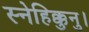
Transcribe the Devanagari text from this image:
स्नेहिक्कुनु।